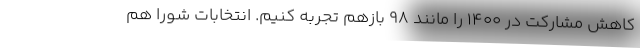
کاهش مشارکت در ۱۴۰۰ را مانند ۹۸ بازهم تجربه کنیم. انتخابات شورا هم